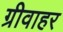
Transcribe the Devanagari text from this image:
ग्रीवाहर